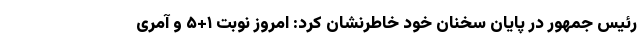
رئیس جمهور در پایان سخنان خود خاطرنشان کرد: امروز نوبت ۱+۵ و آمری